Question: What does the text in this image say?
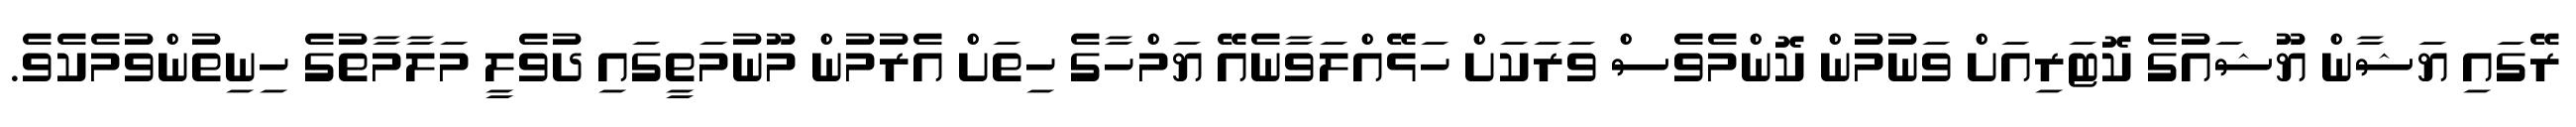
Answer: ރޭގައި ޔަޝާން ޔޫޝައުގެ ކޮޓަރިއަށް ވަނުމުން ކޮންމެވެސް ވަރަކަށް ހަޅޭއްލަވާނެއޭ ޔަމްހާގެ ހިތަށް އެރުމުން މޫނުމަތީގައި ދުވެލީ މަލާމާތުގެ ހިނިތުންވުމެކެވެ.